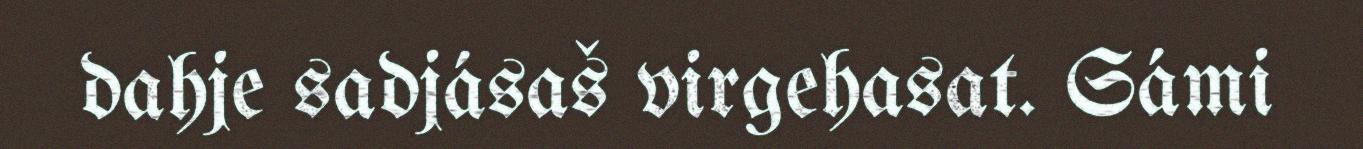
dahje sadjásaš virgehasat. Sámi